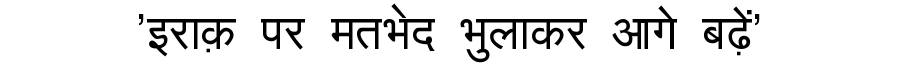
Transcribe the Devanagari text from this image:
'इराक़ पर मतभेद भुलाकर आगे बढ़ें'